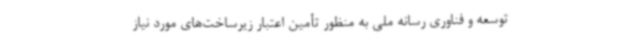
توسعه و فناوری رسانه ملی به منظور تأمین اعتبار زیرساخت‌های مورد نیاز